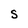
Character: S